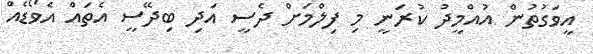
އީވަގުތުން އުއްމީދު ކުރަނީ މި ފިލްމަށް ދެސީ އަދި ބިދޭސީ އެތައް އެވޯޑެއް